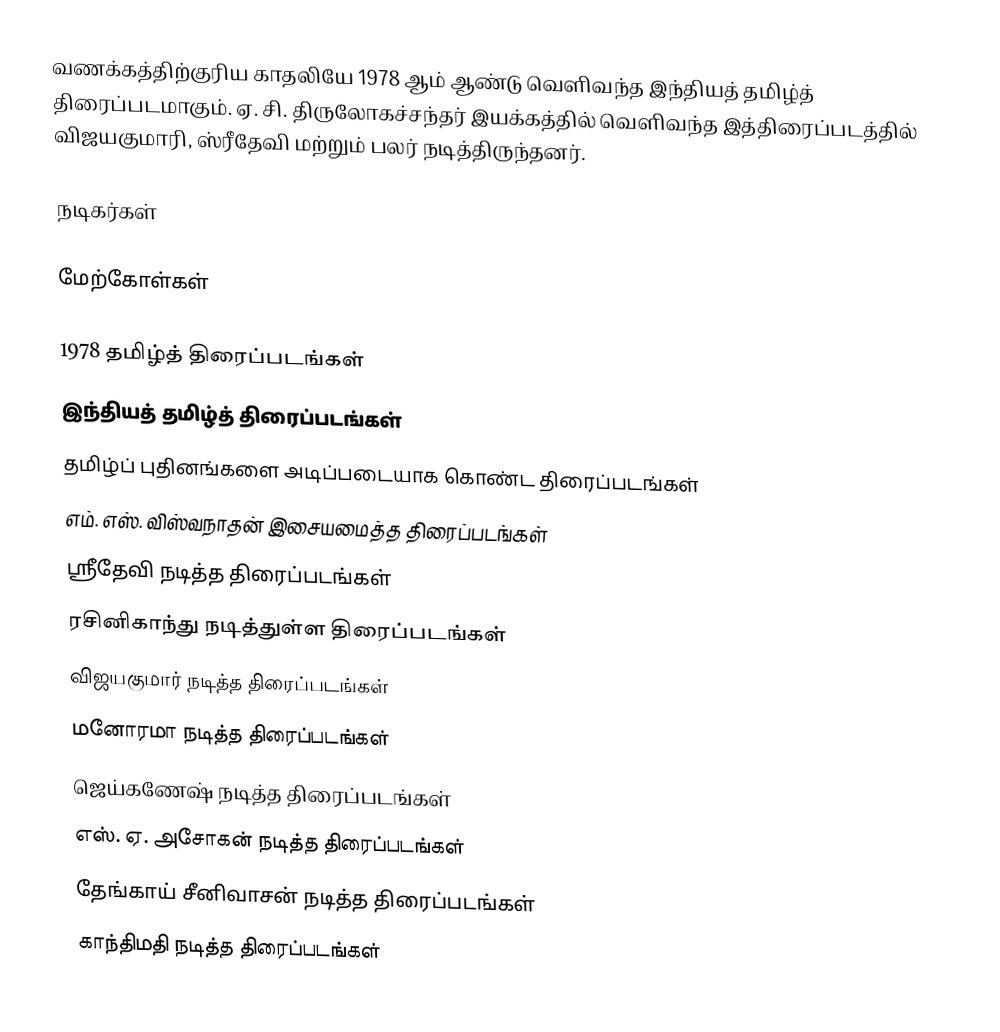
வணக்கத்திற்குரிய காதலியே 1978 ஆம் ஆண்டு வெளிவந்த இந்தியத் தமிழ்த் திரைப்படமாகும். ஏ. சி. திருலோகச்சந்தர் இயக்கத்தில் வெளிவந்த இத்திரைப்படத்தில் விஜயகுமாரி, ஸ்ரீதேவி மற்றும் பலர் நடித்திருந்தனர்.

நடிகர்கள்

மேற்கோள்கள்

1978 தமிழ்த் திரைப்படங்கள்
இந்தியத் தமிழ்த் திரைப்படங்கள்
தமிழ்ப் புதினங்களை அடிப்படையாக கொண்ட திரைப்படங்கள்
எம். எஸ். விஸ்வநாதன் இசையமைத்த திரைப்படங்கள்
ஸ்ரீதேவி நடித்த திரைப்படங்கள்
ரசினிகாந்து நடித்துள்ள திரைப்படங்கள்
விஜயகுமார் நடித்த திரைப்படங்கள்
மனோரமா நடித்த திரைப்படங்கள்
ஜெய்கணேஷ் நடித்த திரைப்படங்கள்
எஸ். ஏ. அசோகன் நடித்த திரைப்படங்கள்
தேங்காய் சீனிவாசன் நடித்த திரைப்படங்கள்
காந்திமதி நடித்த திரைப்படங்கள்